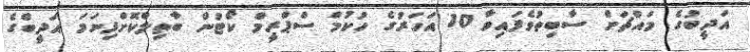
އަދީބުގެ މައްޗަށް ސާބިތުވެފައިވާ 10 އަހަރުގެ ހުކުމް ސްޕްރީމް ކޯޓުން ބާތިލްކޮށްފިނަމަ އަދީބްގެ